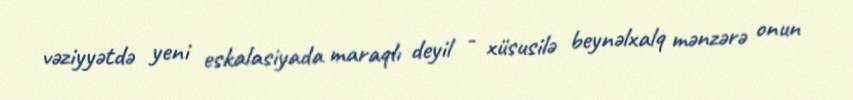
vəziyyətdə yeni eskalasiyada maraqlı deyil - xüsusilə beynəlxalq mənzərə onun